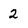
Character: 2